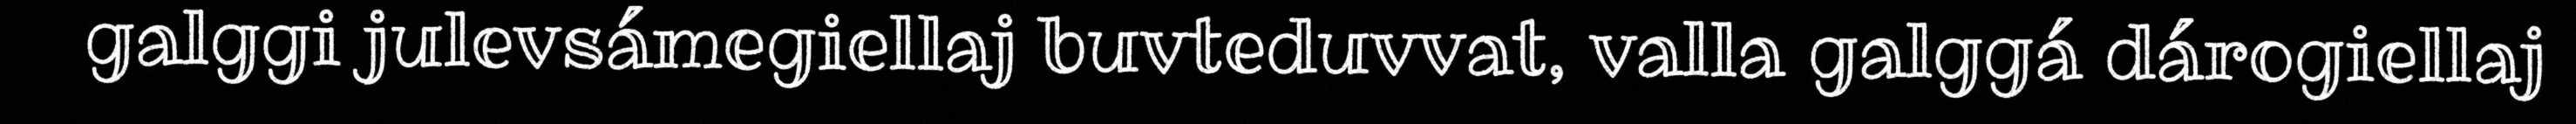
galggi julevsámegiellaj buvteduvvat, valla galggá dárogiellaj